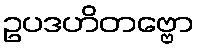
ဥပဒဟိတဗ္ဗော